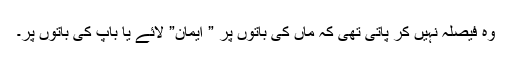
وہ فیصلہ نہیں کر پاتی تھی کہ ماں کی باتوں پر ” ایمان” لائے یا باپ کی باتوں پر۔